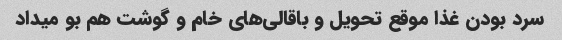
سرد بودن غذا موقع تحویل و باقالی‌های خام و گوشت هم بو میداد